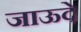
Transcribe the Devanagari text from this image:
जाऊदे